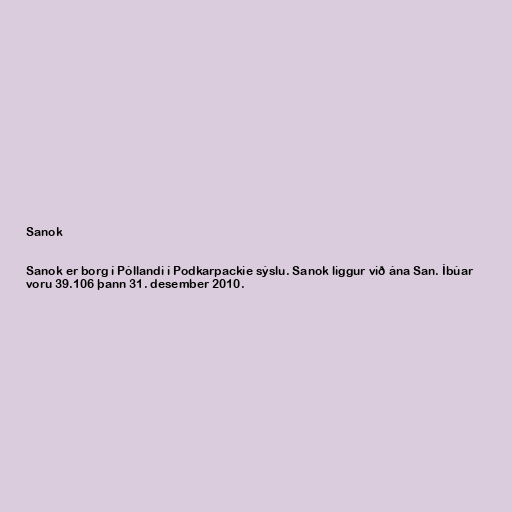
Sanok

Sanok er borg í Póllandi í Podkarpackie sýslu. Sanok liggur við ána San. Íbúar
voru 39.106 þann 31. desember 2010.